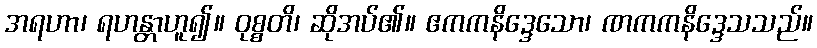
အရဟာ၊ ရဟန္တာဟူ၍။ ဝုစ္စတိ၊ ဆိုအပ်၏။ ဧကကနိဒ္ဒေသော၊ ဏကကနိဒ္ဒေသသည်။